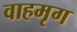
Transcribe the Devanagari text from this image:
वाहमृग